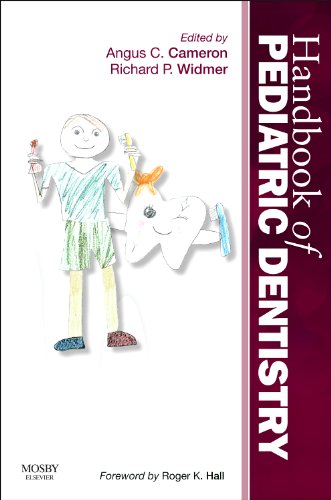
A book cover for Handbook of Pediatric Dentistry, 4e; Medical Books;